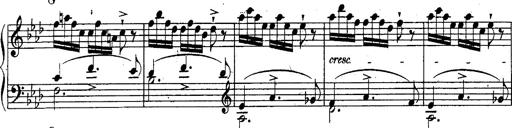
Title: Schubert's Impromptus [revised and edited by Franz Liszt]
Composer: Franz Liszt